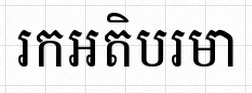
រកអតិបរមា